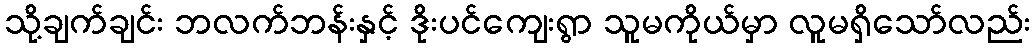
သို့ချက်ချင်း ဘလက်ဘန်းနှင့် ဒိုးပင်ကျေးရွာ သူမကိုယ်မှာ လူမရှိသော်လည်း